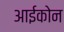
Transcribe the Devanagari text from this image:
आईकोन